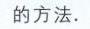
的方法.